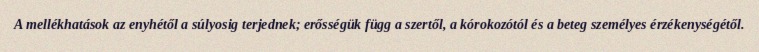
A mellékhatások az enyhétől a súlyosig terjednek; erősségük függ a szertől, a kórokozótól és a beteg személyes érzékenységétől.